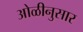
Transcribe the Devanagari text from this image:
ओळीनुसार